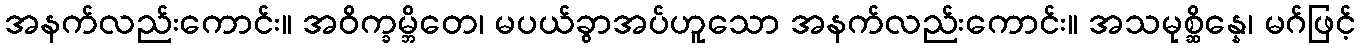
အနက်လည်းကောင်း။ အဝိက္ခမ္ဘိတေ၊ မပယ်ခွာအပ်ဟူသော အနက်လည်းကောင်း။ အသမုစ္ဆိန္နေ၊ မဂ်ဖြင့်